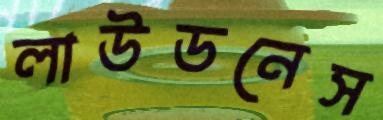
লাউডনেস